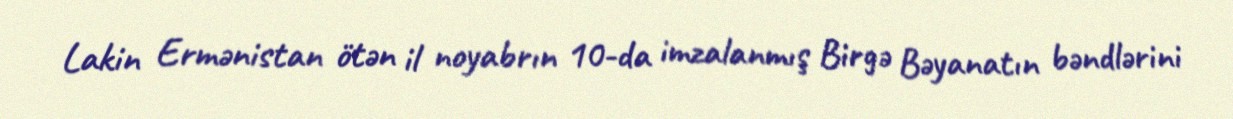
Lakin Ermənistan ötən il noyabrın 10-da imzalanmış Birgə Bəyanatın bəndlərini